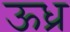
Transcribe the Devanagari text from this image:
ऊध्र